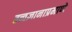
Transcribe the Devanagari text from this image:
तत्त्वज्ञानाप्रमाणे